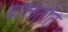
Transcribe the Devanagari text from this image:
घालतांत